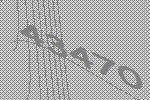
43470